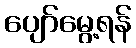
ပျော်မွေ့ရန်